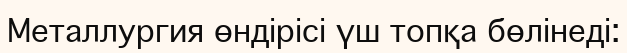
Металлургия өндірісі үш топқа бөлінеді: